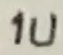
Text: 1u